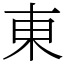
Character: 東